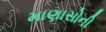
માણાસોની